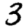
Digit: 3